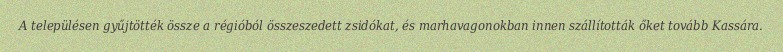
A településen gyűjtötték össze a régióból összeszedett zsidókat, és marhavagonokban innen szállították őket tovább Kassára.